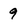
Character: 9